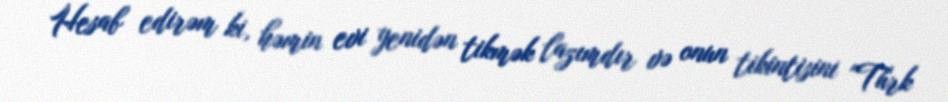
Hesab edirəm ki, həmin evi yenidən tikmək lazımdır və onun tikintisini "Türk